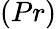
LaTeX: (Pr)